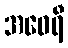
အဝေရီ